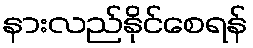
နားလည်နိုင်စေရန်